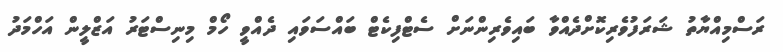
ރަސްމިއްޔާތު ޝަރަފުވެރިކޮށްދެއްވާ ބައިވެރިންނަށް ސެޓްފިކެޓް ބައްސަވައި ދެއްވީ ހޯމް މިނިސްޓަރު އަޒްލީން އަހްމަދު